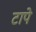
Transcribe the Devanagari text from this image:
टापे